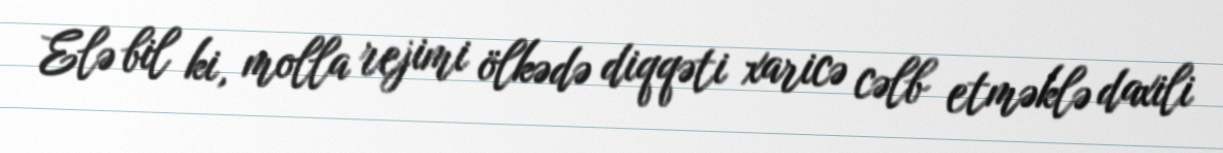
Elə bil ki, molla rejimi ölkədə diqqəti xaricə cəlb etməklə daxili